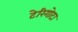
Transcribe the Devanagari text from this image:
टेरिगोटा